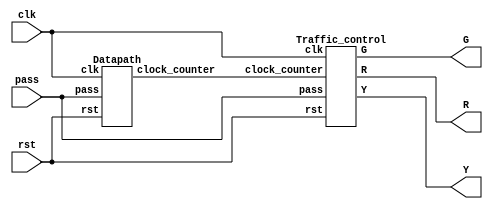
module traffic_light (
    input  clk,
    input  rst,
    input  pass,
    output R,//reg
    output G,
    output Y
);
	wire [11:0]clock_counter;
	Traffic_control Traffic_control(// type
		.clk(clk),
		.rst(rst),
		.pass(pass),
		.clock_counter(clock_counter),
		.R(R),
		.G(G),
		.Y(Y)
	);
	Datapath Datapath(
		.clk(clk),
		.rst(rst),
		.pass(pass),
		.clock_counter(clock_counter)
	);
endmodule

module Traffic_control(
	input pass,
	input rst,
	input clk,
	input [11:0]clock_counter,
	output reg R = 1'b0,
	output reg G = 1'b1,
	output reg Y = 1'b0
);
	reg [1:0] current_state = 2'b01;
	reg [1:0] next_state = 2'b00;
	parameter[1:0] red_light = 2'b00, green_light = 2'b01, yellow_light = 2'b10, none_light = 2'b11;
	//state register
	always @(posedge clk or posedge rst)
	begin
		if(rst)                                     //rst0cycle
			current_state = green_light;
		else if(pass == 1 && clock_counter > 1023)  //clock counter1023 pass = 1 cycle
			current_state = green_light;
		else if(clock_counter == 0)
			current_state = green_light;
		else
			current_state = next_state;
	end
	//next state logic
	always @(clock_counter)                        
	begin
		if(clock_counter < 1023)
			next_state = green_light;
		else if(clock_counter >= 1023 && clock_counter < 1151)
			next_state = none_light;
		else if(clock_counter >= 1151 && clock_counter < 1279)
			next_state = green_light;
		else if(clock_counter >= 1279 && clock_counter < 1407)
			next_state = none_light;
		else if(clock_counter >= 1407 && clock_counter < 1535)
			next_state = green_light;
		else if(clock_counter >= 1535 && clock_counter < 2047)
			next_state = yellow_light;
		else if(clock_counter >= 2047 && clock_counter < 3071)
			next_state = red_light;
		else
			next_state = green_light;
	end
	//ouput logic
	always @(clock_counter)//current_state 
	begin
		case(current_state)
			red_light:
			begin
				R = 1'b1;
				G = 1'b0;
				Y = 1'b0; 
			end
			green_light:
			begin
				R = 1'b0;
				G = 1'b1;
				Y = 1'b0; 
			end
			yellow_light:
			begin
				R = 1'b0;
				G = 1'b0;
				Y = 1'b1; 
			end
			none_light:
			begin
				R = 1'b0;
				G = 1'b0;
				Y = 1'b0; 
			end
		endcase
	end
endmodule

module Datapath(
	input clk,
	input rst,
	input pass,
	output reg [11:0]clock_counter = 0
);
	always @(posedge clk or posedge rst)
	begin
		if(rst)
			clock_counter = 0;
		else
		begin//??
			if(clock_counter == 3071)
				clock_counter = 0;
			else
			begin//??
				if(pass == 1 && clock_counter > 1023)
					clock_counter = 0;
				else//??
					clock_counter = clock_counter + 1;
			end
		end
	end
endmodule